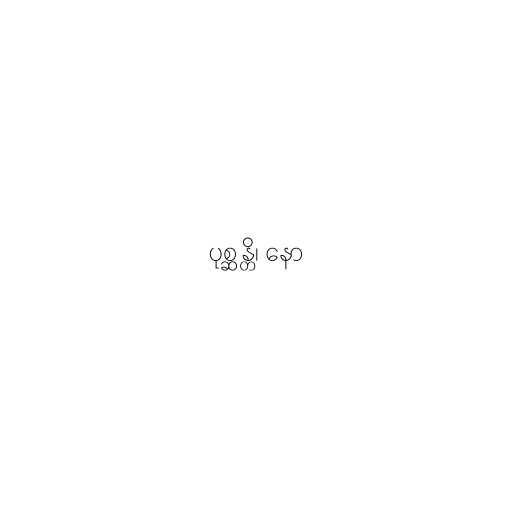
ပုစ္ဆန္တိ၊ နော